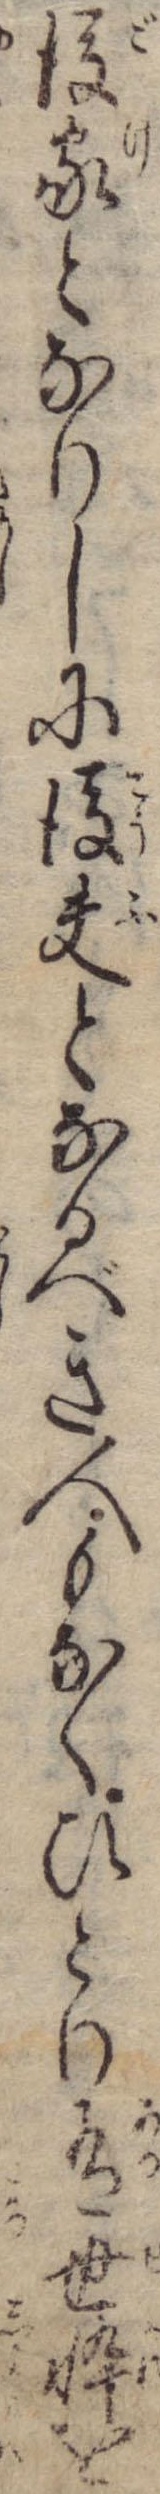
後家となりしに後夫となるべき人もなくひとり有世忰を